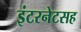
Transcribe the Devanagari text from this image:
इंटरनेटसह